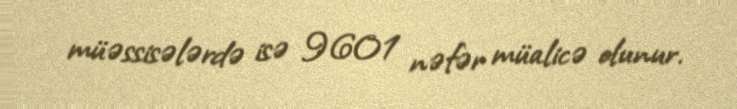
müəssisələrdə isə 9601 nəfər müalicə olunur.